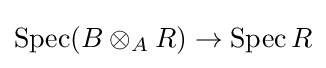
\operatorname {Spec} (B\otimes _{A}R)\to \operatorname {Spec} R